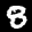
Label: 8